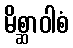
မိစ္ဆာဝါစံ